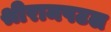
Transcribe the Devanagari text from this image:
श्रीरामपटल